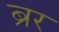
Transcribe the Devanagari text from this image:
ब्रर